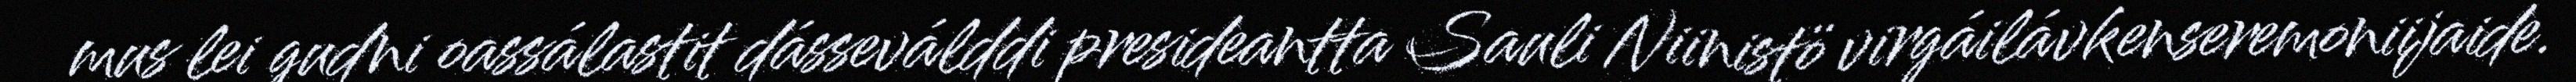
mus lei gudni oassálastit dásseválddi presideantta Sauli Niinistö virgáilávkenseremoniijaide.